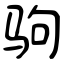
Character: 驹